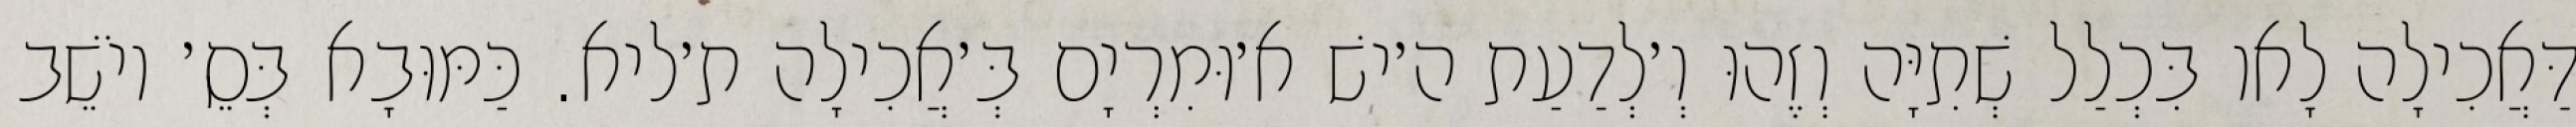
דַּאֲכִילָה לָאו בִּכְלַל שְׁתִיָּה וְזֶהוּ וְ׳לְדַעַת ה׳ישׁ א׳וּמִרְיָם בְּ׳אֲכִילָה ת׳ליא. כַּמּוּבָא בְּסֵ׳ יוֹשֵׁב